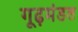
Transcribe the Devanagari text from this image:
गूढ़मंडल